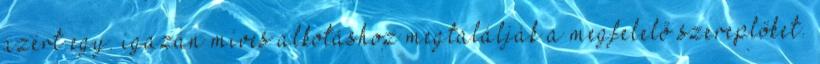
azért egy. igazán míves alkotáshoz megtalálják a megfelelő szereplőket.